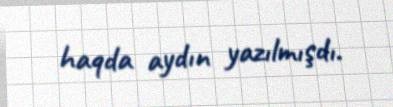
haqda aydın yazılmışdı.